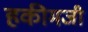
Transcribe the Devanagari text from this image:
हकीमजी